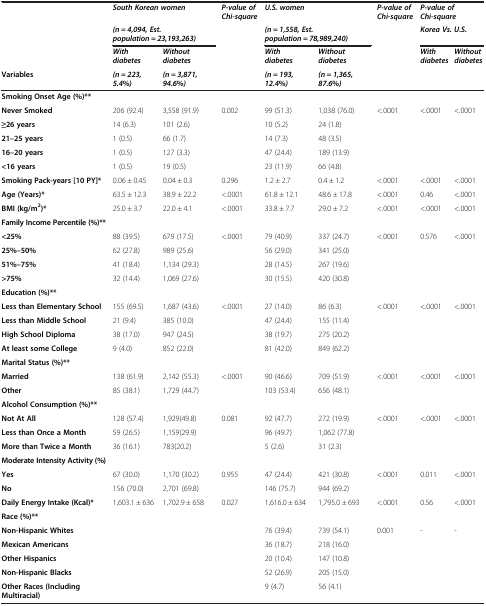
<table><thead><tr><td><b> </b></td><td colspan="2"><b><i>South Korean women</i></b></td><td rowspan="3"><b><i>P-value of Chi-square</i></b></td><td colspan="2"><b><i>U.S. women</i></b></td><td rowspan="3"><b><i>P-value of Chi-square</i></b></td><td colspan="2"><b><i>P-value of Chi-square</i></b></td></tr><tr><td><b> </b></td><td colspan="2"><b><i>(n = 4,094, Est. population = 23,193,263)</i></b></td><td colspan="2"><b><i>(n = 1,558, Est. population = 78,989,240)</i></b></td><td colspan="2"><b><i>Korea Vs. U.S.</i></b></td></tr><tr><td><b> </b></td><td><b><i>With diabetes</i></b></td><td><b><i>Without diabetes</i></b></td><td><b><i>With diabetes</i></b></td><td><b><i>Without diabetes</i></b></td><td rowspan="2"><b><i>With diabetes</i></b></td><td rowspan="2"><b><i>Without diabetes</i></b></td></tr><tr><td><b>Variables</b></td><td><b><i>(n = 223, 5.4</i>%<i>)</i></b></td><td><b><i>(n = 3,871, 94.6</i>%<i>)</i></b></td><td><b> </b></td><td><b><i>(n = 193, 12.4</i>%<i>)</i></b></td><td><b><i>(n = 1,365, 87.6</i>%<i>)</i></b></td><td><b> </b></td></tr></thead><tbody><tr><td><b>Smoking Onset Age (%)**</b></td><td> </td><td> </td><td> </td><td> </td><td> </td><td> </td><td> </td><td> </td></tr><tr><td><b>Never Smoked</b></td><td>206 (92.4)</td><td>3,558 (91.9)</td><td rowspan="5">0.002</td><td>99 (51.3)</td><td>1,038 (76.0)</td><td rowspan="5">&lt;.0001</td><td rowspan="5">&lt;.0001</td><td rowspan="5">&lt;.0001</td></tr><tr><td><b>≥26 years</b></td><td>14 (6.3)</td><td>101 (2.6)</td><td>10 (5.2)</td><td>24 (1.8)</td></tr><tr><td><b>21–25 years</b></td><td>1 (0.5)</td><td>66 (1.7)</td><td>14 (7.3)</td><td>48 (3.5)</td></tr><tr><td><b>16–20 years</b></td><td>1 (0.5)</td><td>127 (3.3)</td><td>47 (24.4)</td><td>189 (13.9)</td></tr><tr><td><b>&lt;16 years</b></td><td>1 (0.5)</td><td>19 (0.5)</td><td>23 (11.9)</td><td>66 (4.8)</td></tr><tr><td><b>Smoking Pack-years [10 PY]*</b></td><td>0.06 ± 0.45</td><td>0.04 ± 0.3</td><td>0.296</td><td>1.2 ± 2.7</td><td>0.4 ± 1.2</td><td>&lt;.0001</td><td>&lt;.0001</td><td>&lt;.0001</td></tr><tr><td><b>Age (Years)*</b></td><td>63.5 ± 12.3</td><td>38.9 ± 22.2</td><td>&lt;.0001</td><td>61.8 ± 12.1</td><td>48.6 ± 17.8</td><td>&lt;.0001</td><td>0.46</td><td>&lt;.0001</td></tr><tr><td><b>BMI (kg/m</b><sup><b>2</b></sup><b>)*</b></td><td>25.0 ± 3.7</td><td>22.0 ± 4.1</td><td>&lt;.0001</td><td>33.8 ± 7.7</td><td>29.0 ± 7.2</td><td>&lt;.0001</td><td>&lt;.0001</td><td>&lt;.0001</td></tr><tr><td><b>Family Income Percentile (%)**</b></td><td> </td><td> </td><td> </td><td> </td><td> </td><td> </td><td> </td><td> </td></tr><tr><td><b>&lt;25</b><b>%</b></td><td>88 (39.5)</td><td>679 (17.5)</td><td rowspan="4">&lt;.0001</td><td>79 (40.9)</td><td>337 (24.7)</td><td rowspan="4">&lt;.0001</td><td rowspan="4">0.576</td><td rowspan="4">&lt;.0001</td></tr><tr><td><b>25</b><b>%</b><b>–50</b><b>%</b></td><td>62 (27.8)</td><td>989 (25.6)</td><td>56 (29.0)</td><td>341 (25.0)</td></tr><tr><td><b>51</b><b>%</b><b>–75</b><b>%</b></td><td>41 (18.4)</td><td>1,134 (29.3)</td><td>28 (14.5)</td><td>267 (19.6)</td></tr><tr><td><b>&gt;75</b><b>%</b></td><td>32 (14.4)</td><td>1,069 (27.6)</td><td>30 (15.5)</td><td>420 (30.8)</td></tr><tr><td><b>Education (%)**</b></td><td> </td><td> </td><td> </td><td> </td><td> </td><td> </td><td> </td><td> </td></tr><tr><td><b>Less than Elementary School</b></td><td>155 (69.5)</td><td>1,687 (43.6)</td><td rowspan="4">&lt;.0001</td><td>27 (14.0)</td><td>86 (6.3)</td><td rowspan="4">&lt;.0001</td><td rowspan="4">&lt;.0001</td><td rowspan="4">&lt;.0001</td></tr><tr><td><b>Less than Middle School</b></td><td>21 (9.4)</td><td>385 (10.0)</td><td>47 (24.4)</td><td>155 (11.4)</td></tr><tr><td><b>High School Diploma</b></td><td>38 (17.0)</td><td>947 (24.5)</td><td>38 (19.7)</td><td>275 (20.2)</td></tr><tr><td><b>At least some College</b></td><td>9 (4.0)</td><td>852 (22.0)</td><td>81 (42.0)</td><td>849 (62.2)</td></tr><tr><td><b>Marital Status (%)**</b></td><td> </td><td> </td><td> </td><td> </td><td> </td><td> </td><td> </td><td> </td></tr><tr><td><b>Married</b></td><td>138 (61.9)</td><td>2,142 (55.3)</td><td rowspan="2">&lt;.0001</td><td>90 (46.6)</td><td>709 (51.9)</td><td rowspan="2">&lt;.0001</td><td rowspan="2">&lt;.0001</td><td rowspan="2">&lt;.0001</td></tr><tr><td><b>Other</b></td><td>85 (38.1)</td><td>1,729 (44.7)</td><td>103 (53.4)</td><td>656 (48.1)</td></tr><tr><td><b>Alcohol Consumption (%)**</b></td><td> </td><td> </td><td> </td><td> </td><td> </td><td> </td><td> </td><td> </td></tr><tr><td><b>Not At All</b></td><td>128 (57.4)</td><td>1,929(49.8)</td><td rowspan="3">0.081</td><td>92 (47.7)</td><td>272 (19.9)</td><td rowspan="3">&lt;.0001</td><td rowspan="3">&lt;.0001</td><td rowspan="3">&lt;.0001</td></tr><tr><td><b>Less than Once a Month</b></td><td>59 (26.5)</td><td>1,159(29.9)</td><td>96 (49.7)</td><td>1,062 (77.8)</td></tr><tr><td><b>More than Twice a Month</b></td><td>36 (16.1)</td><td>783(20.2)</td><td>5 (2.6)</td><td>31 (2.3)</td></tr><tr><td><b>Moderate Intensity Activity (%)</b></td><td> </td><td> </td><td> </td><td> </td><td> </td><td> </td><td> </td><td> </td></tr><tr><td><b>Yes</b></td><td>67 (30.0)</td><td>1,170 (30.2)</td><td rowspan="2">0.955</td><td>47 (24.4)</td><td>421 (30.8)</td><td rowspan="2">&lt;.0001</td><td rowspan="2">0.011</td><td rowspan="2">&lt;.0001</td></tr><tr><td><b>No</b></td><td>156 (70.0)</td><td>2,701 (69.8)</td><td>146 (75.7)</td><td>944 (69.2)</td></tr><tr><td><b>Daily Energy Intake (Kcal)*</b></td><td>1,603.1 ± 636</td><td>1,702.9 ± 658</td><td>0.027</td><td>1,616.0 ± 634</td><td>1,795.0 ± 693</td><td>&lt;.0001</td><td>0.56</td><td>&lt;.0001</td></tr><tr><td><b>Race (%)**</b></td><td> </td><td> </td><td> </td><td> </td><td> </td><td> </td><td> </td><td> </td></tr><tr><td><b>Non-Hispanic Whites</b></td><td> </td><td> </td><td> </td><td>76 (39.4)</td><td>739 (54.1)</td><td rowspan="4">0.001</td><td rowspan="4">-</td><td rowspan="4">-</td></tr><tr><td><b>Mexican Americans</b></td><td> </td><td> </td><td> </td><td>36 (18.7)</td><td>218 (16.0)</td></tr><tr><td><b>Other Hispanics</b></td><td> </td><td> </td><td> </td><td>20 (10.4)</td><td>147 (10.8)</td></tr><tr><td><b>Non-Hispanic Blacks</b></td><td> </td><td> </td><td> </td><td>52 (26.9)</td><td>205 (15.0)</td></tr><tr><td><b>Other Races (Including Multiracial)</b></td><td> </td><td> </td><td> </td><td>9 (4.7)</td><td>56 (4.1)</td><td> </td><td> </td><td> </td></tr></tbody></table>